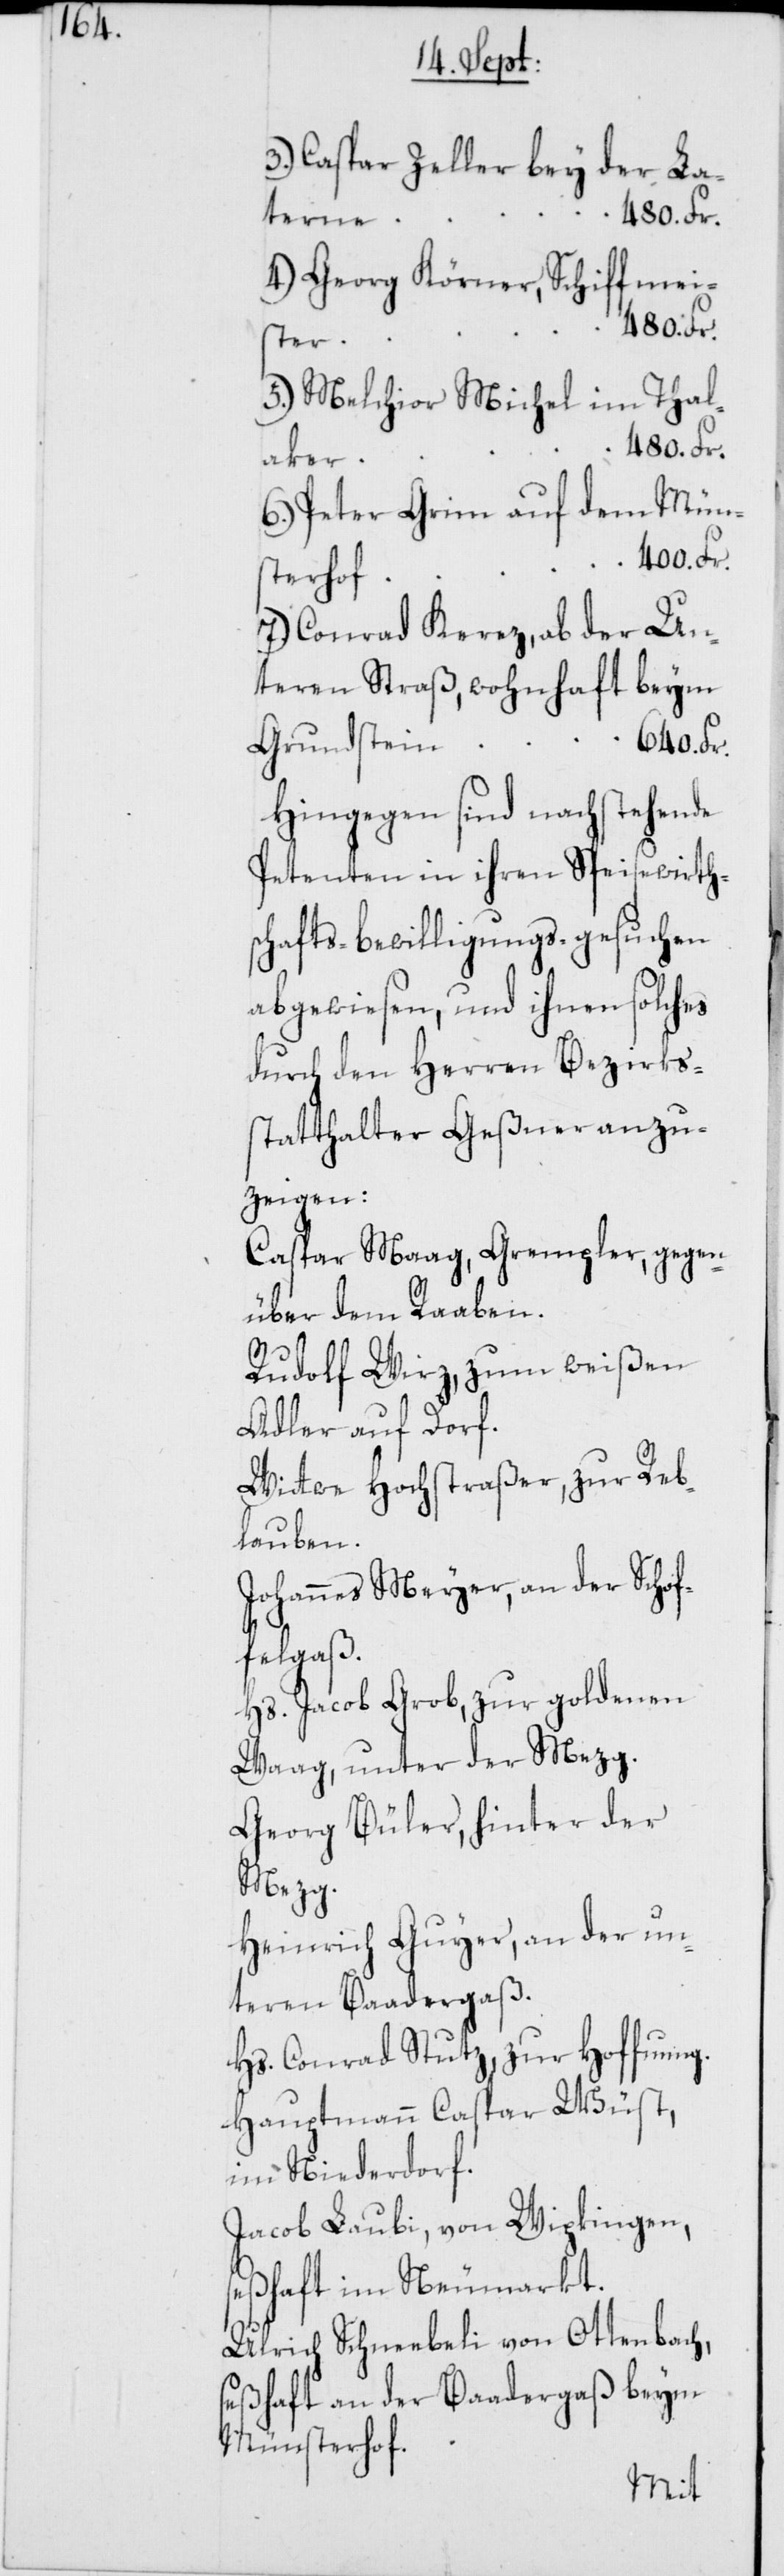
3.) Caspar Zeller, bey der La¬
terne,
4.) Georg Körner, Schiffmei¬
ster,
5.) Melchior Michel, im Tal¬
640. Fr.
aker,
6.) Peter Grim auf dem Mün¬
sterhof,
7.) Conrad Kerez, ab der Un¬
teren Straß, wohnhaft beym
Grundstein,
Hingegen sind nachstehende
Petenten in ihren Speisewirth¬
schafts-bewilligungs-gesuchen
abgewiesen, und ihnen solches
durch den Herren Bezirks¬
statthalter Geßner anzu¬
zeigen:
Caspar Maag, Grempler, gegen¬
über dem Raaben.
Rudolf Wirz, zum weißen
Adler auf Dorf.
Wittwe Hochstraßer, zur Reb¬
lauben.
Johannes Meyer, an der Schof¬
felgaß.
Hs. Jacob Grob, zur goldenen
Waag, unter der Mezg.
Georg Büler, hinter der
Mezg.
Heinrich Guyer, an der un¬
teren Baadergaß.
Hs. Conrad Stutz, zur Hoffnung.
Hauptmann Caspar Wüst,
im Niederdorf.
Jacob Laubi, von Wipkingen,
seßhaft im Neumarkt.
Ulrich Schneebeli von Ottenbach,
seßhaft an der Baadergaß beym
Münsterhof.